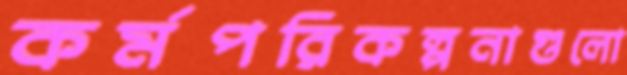
কর্মপরিকল্পনাগুলো